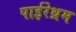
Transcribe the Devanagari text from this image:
पाईरेथ्रम